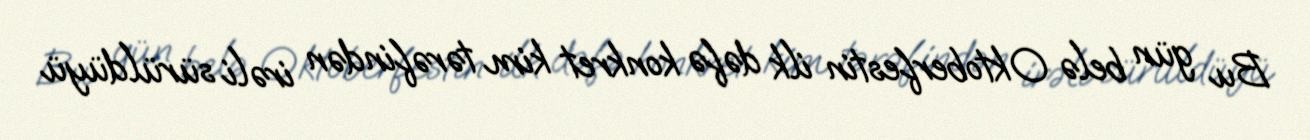
Bu gün belə Oktoberfestin ilk dəfə konkret kim tərəfindən irəli sürüldüyü